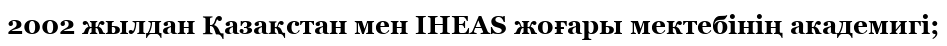
2002 жылдан Қазақстан мен IHEAS жоғары мектебінің академигі;